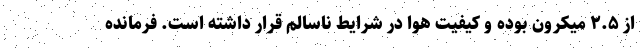
از ۲.۵ میکرون بوده و کیفیت هوا در شرایط ناسالم قرار داشته است. فرمانده